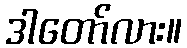
ဒါတော်လား။